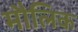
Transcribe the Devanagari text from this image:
माैलिक